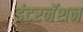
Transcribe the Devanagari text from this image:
इंटरनॅशन